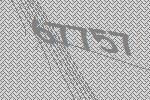
67757